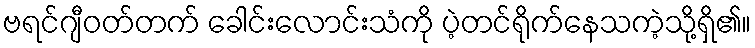
ဗရင်ဂျီဝတ်တက် ခေါင်းလောင်းသံကို ပဲ့တင်ရိုက်နေသကဲ့သို့ရှိ၏။